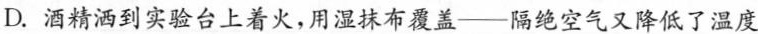
D.酒精洒到实验台上着火，用湿抹布覆盖—隔绝空气又降低了温度